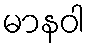
မာနဝါ